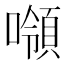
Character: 𰈼